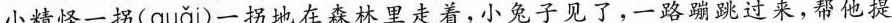
小精怪一拐( guǎi )一拐地在森林里走着，小兔子见了，一路蹦跳过来，帮他提